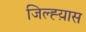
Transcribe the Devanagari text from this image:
जिल्ह्य़ास